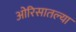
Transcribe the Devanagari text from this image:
ओरिसातल्या